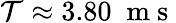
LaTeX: \mathcal{T}\approx3.80\; \mathrm{{~m~s~}}